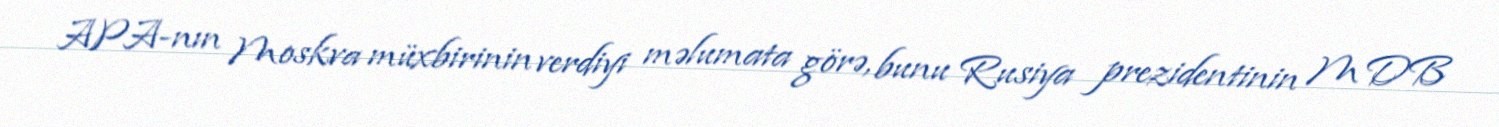
APA-nın Moskva müxbirinin verdiyi məlumata görə, bunu Rusiya prezidentinin MDB